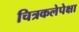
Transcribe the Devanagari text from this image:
चित्रकलेपेक्षा